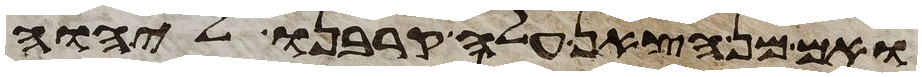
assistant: ואם מן הצאן עלה קרבנו ליהוה